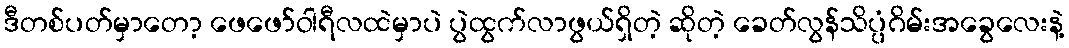
ဒီတစ်ပတ်မှာတော့ ဖေဖော်ဝါရီလထဲမှာပဲ ပွဲထွက်လာဖွယ်ရှိတဲ့ ဆိုတဲ့ ခေတ်လွန်သိပ္ပံဂိမ်းအခွေလေးနဲ့